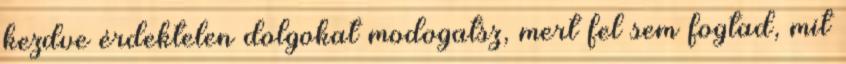
kezdve érdektelen dolgokat modogatsz, mert fel sem fogtad, mit